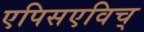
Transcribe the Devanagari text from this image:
एपिसएविच्